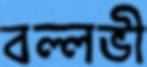
বল্লভী